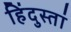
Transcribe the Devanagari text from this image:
हिंदुस्तां